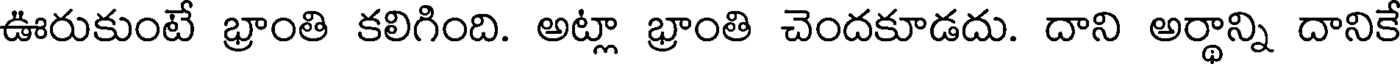
ఊరుకుంటే భ్రాంతి కలిగింది. అట్లా భ్రాంతి చెందకూడదు. దాని అర్థాన్ని దానికే